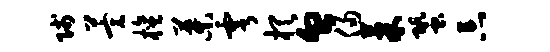
贱萱檀叶雩棋血侵果蛩忘